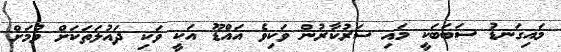
މައިގަނޑު ސަބަބަކީ މައި ސަރުކާރުން ވަކިވެ އައްޑޫ އަކީ ވަކި ދައުލަތަކަށް ވުމަށް